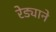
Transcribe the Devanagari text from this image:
रेड्याने